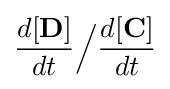
{\frac {d[\mathbf {D} ]}{dt}}{\Big /}{\frac {d[\mathbf {C} ]}{dt}}